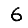
Digit: 6